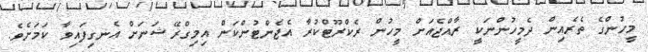
މީހުންގެ ތެރެއިން ދެމީހުންނަކީ ރާއްޖެއަށް މީހުން ރެކްރޫޓްކުރާ އެޖެންޓުންކަން އިމިގްރޭޝަނަށް އެނގިފައިވާ ކަމަށެވެ.